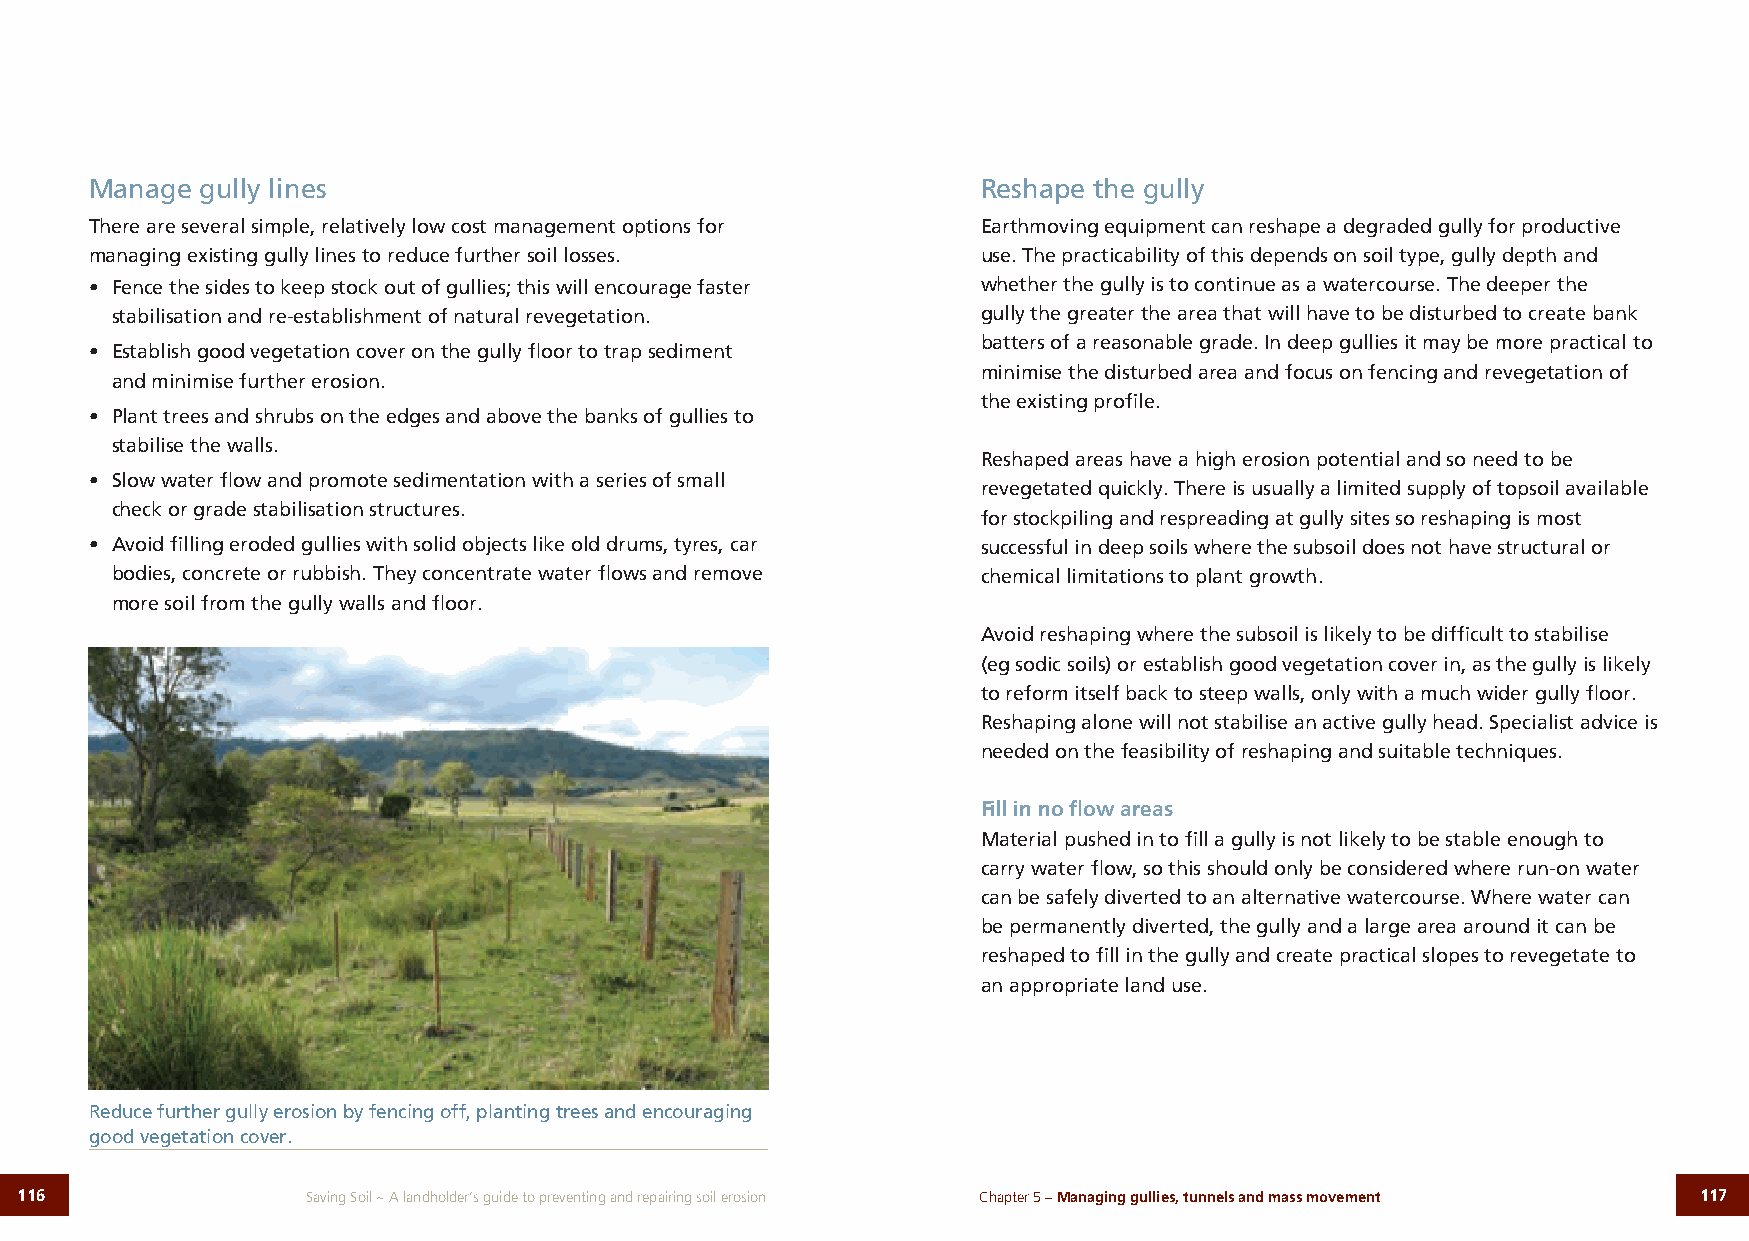
Manage gully lines                                         Reshape the gully
 There are several simple, relatively low cost management options for Earthmoving equipment can reshape a degraded gully for productive
 managing existing gully lines to reduce further soil losses. use. The practicability of this depends on soil type, gully depth and
 • Fence the sides to keep stock out of gullies; this will encourage faster whether the gully is to continue as a watercourse. The deeper the
 stabilisation and re-establishment of natural revegetation. gully the greater the area that will have to be disturbed to create bank
 batters of a reasonable grade. In deep gullies it may be more practical to
 • Establish good vegetation cover on the gully floor to trap sediment
 minimise the disturbed area and focus on fencing and revegetation of
 and minimise further erosion.
 the existing profile.
 • Plant trees and shrubs on the edges and above the banks of gullies to
 stabilise the walls.
 Reshaped areas have a high erosion potential and so need to be
 • Slow water flow and promote sedimentation with a series of small
 revegetated quickly. There is usually a limited supply of topsoil available
 check or grade stabilisation structures.
 for stockpiling and respreading at gully sites so reshaping is most
 • Avoid filling eroded gullies with solid objects like old drums, tyres, car successful in deep soils where the subsoil does not have structural or
 bodies, concrete or rubbish. They concentrate water flows and remove chemical limitations to plant growth.
 more soil from the gully walls and floor.
 Avoid reshaping where the subsoil is likely to be difficult to stabilise
 (eg sodic soils) or establish good vegetation cover in, as the gully is likely
 to reform itself back to steep walls, only with a much wider gully floor.
 Reshaping alone will not stabilise an active gully head. Specialist advice is
 needed on the feasibility of reshaping and suitable techniques.
 Fill in no flow areas
 Material pushed in to fill a gully is not likely to be stable enough to
 carry water flow, so this should only be considered where run-on water
 can be safely diverted to an alternative watercourse. Where water can
 be permanently diverted, the gully and a large area around it can be
 reshaped to fill in the gully and create practical slopes to revegetate to
 an appropriate land use.
 Reduce further gully erosion by fencing off, planting trees and encouraging
 good vegetation cover.
 116                Saving Soil ~ A landholder’s guide to preventing and repairing soil erosion Chapter 5 – Managing gullies, tunnels and mass movement 117